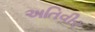
અતિવીર